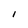
Character: 1